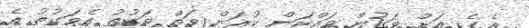
އެ ގެ އަށް ވަގުން ވައްކަން ކުރަން ވަތް ވަގުތު އެވަގުތު އެ